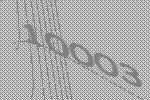
10003